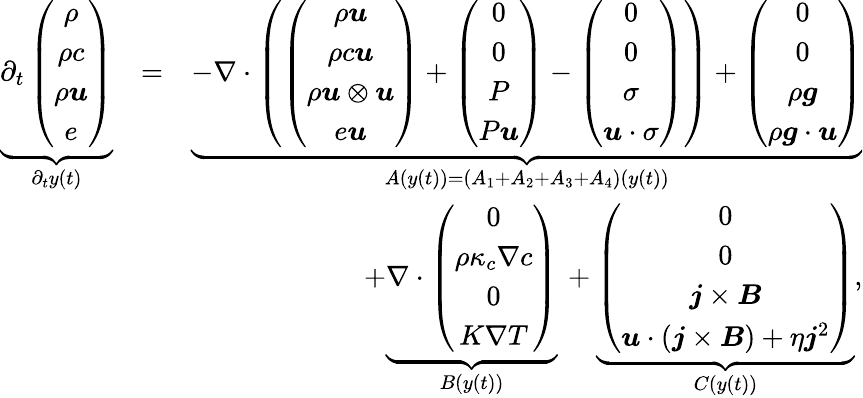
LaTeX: \begin{array}{rlr}{\underbrace{\partial_{t}\left(\begin{array}{c}{\rho}\\ {\rho c}\\ {\rho\boldsymbol{u}}\\ {e}\end{array}\right)}_{\partial_{t}y(t)}}&{=}&{\underbrace{-\nabla\cdot\left(\left(\begin{array}{c}{\rho\boldsymbol{u}}\\ {\rho c\boldsymbol{u}}\\ {\rho\boldsymbol{u}\otimes\boldsymbol{u}}\\ {e\boldsymbol{u}}\end{array}\right)+\left(\begin{array}{c}{0}\\ {0}\\ {P}\\ {P\boldsymbol{u}}\end{array}\right)-\left(\begin{array}{c}{0}\\ {0}\\ {\sigma}\\ {\boldsymbol{u}\cdot\sigma}\end{array}\right)\right)+\left(\begin{array}{c}{0}\\ {0}\\ {\rho\boldsymbol{g}}\\ {\rho\boldsymbol{g}\cdot\boldsymbol{u}}\end{array}\right)}_{A(y(t))=(A_{1}+A_{2}+A_{3}+A_{4})(y(t))}}\\ &{}&{+\underbrace{\nabla\cdot\left(\begin{array}{c}{0}\\ {\rho\kappa_{c}\nabla c}\\ {0}\\ {K\nabla T}\end{array}\right)}_{B(y(t))}\, +\underbrace{\left(\begin{array}{c}{0}\\ {0}\\ {\boldsymbol{j}\times\boldsymbol{B}}\\ {\boldsymbol{u}\cdot(\boldsymbol{j}\times\boldsymbol{B})+\eta\boldsymbol{j}^{2}}\end{array}\right)}_{C(y(t))},}\end{array}